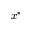
x ^ { * }